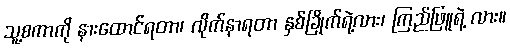
သူ့စကာကို နားထောင်ရတာ၊ လိုက်နာရတာ နှစ်ခြိုက်ရဲ့လား၊ ကြည်ဖြူရဲ့ လား။